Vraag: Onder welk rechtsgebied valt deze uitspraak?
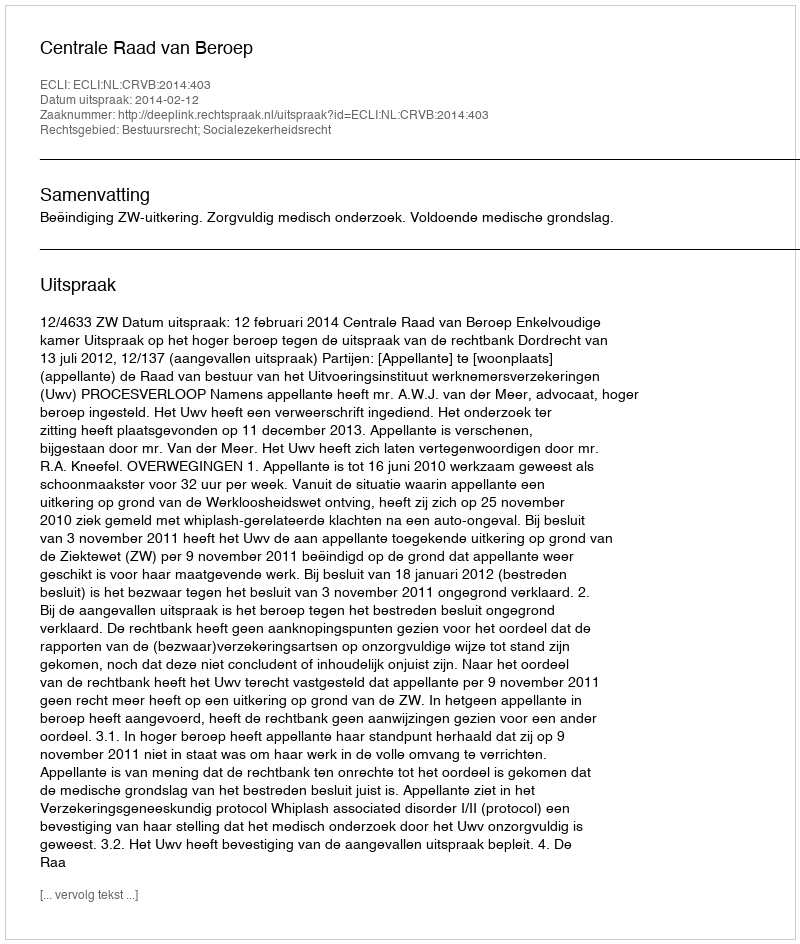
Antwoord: Bestuursrecht; Socialezekerheidsrecht